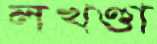
লখণ্ডা